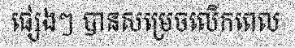
ផ្សេងៗ បានសម្រេចលើកពេល